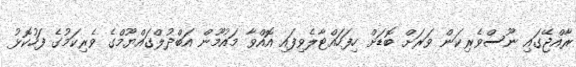
ރާއްޖޭގައި ނޫސްވެރިކަން ވަރަށް ބޮޑަށް ހިފަހައްޓާލެވިފައި އޮއްވާ މައުމޫން އަބްދުލްގައްޔޫމްގެ ވެރިކަމުގެ ފަހުކޮޅު